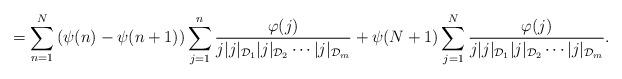
LaTeX: \begin{align*} = \sum_{n=1}^N\left(\psi(n)-\psi(n+1) \right) \sum_{j=1}^n \frac{\varphi(j)}{j|{j}|_{\mathcal{D}_1}|{j}|_{\mathcal{D}_2}\cdots |j|_{\mathcal{D}_m}}+ \psi(N+1)\sum_{j=1}^N \frac{\varphi(j)}{j|{j}|_{\mathcal{D}_1}|{j}|_{\mathcal{D}_2}\cdots |j|_{\mathcal{D}_m}}.\end{align*}